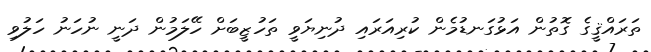
ތަރައްޤީގެ ގޮތުން އަޅުގަނޑުމެން ކުރިއަރައި ދުނިޔަވީ ތަހުޒީބަށް ހޭލަމުން ދަނީ ނުހަނު ހަލުވި